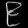
Digit: ၉